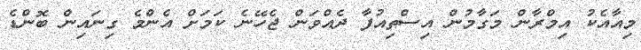
މިއާއެކު އިމްރާން މަގާމުން އިސްތިއުފާ ދެއްވަން ޖެހޭނެ ކަމަށް އެންމެ ގިނައިން ބޮންޑެ